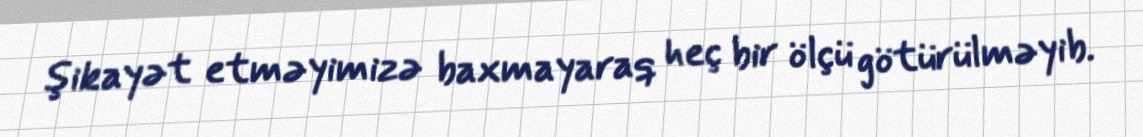
şikayət etməyimizə baxmayaraq heç bir ölçü götürülməyib.